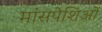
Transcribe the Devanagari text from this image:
मांसपेशिओं